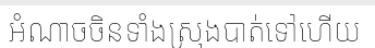
អំណាចចិនទាំងស្រុងបាត់ទៅហើយ